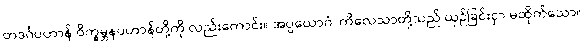
တဒင်္ဂပဟာန် ဝိက္ခမ္ဘနပဟာန်တို့ကို လည်းကောင်း။ အပ္ပယောဂံ၊ ကိလေသာတို့သည် ယှဉ်ခြင်းငှာ မထိုက်သော။